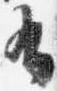
有